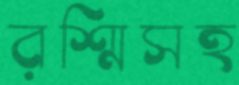
রশ্মিসহ